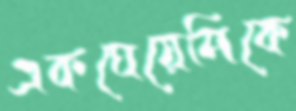
একঘেয়েমিকে